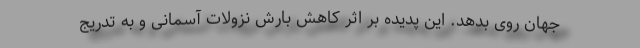
جهان روی بدهد. این پدیده بر اثر کاهش بارش نزولات آسمانی و به تدریج